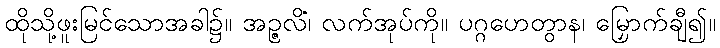
ထိုသို့ဖူးမြင်သောအခါ၌။ အဉ္ဇလိံ၊ လက်အုပ်ကို။ ပဂ္ဂဟေတွာန၊ မြှောက်ချီ၍။